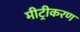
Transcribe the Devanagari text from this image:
मीट्रीकरण